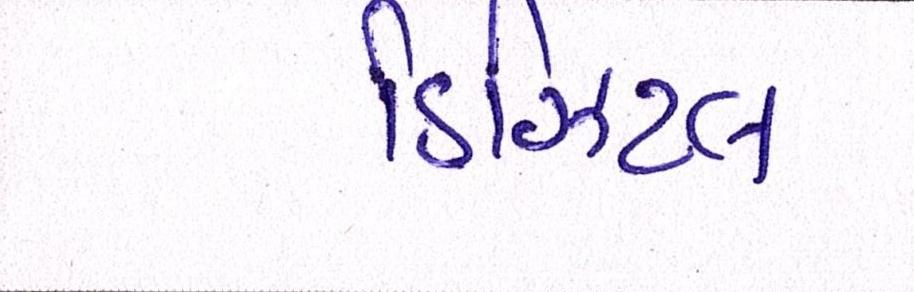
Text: ડિઝિટલ